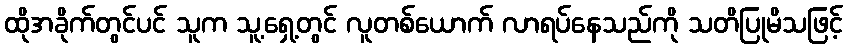
ထိုအခိုက်တွင်ပင် သူက သူ့ရှေ့တွင် လူတစ်ယောက် လာရပ်နေသည်ကို သတိပြုမိသဖြင့်